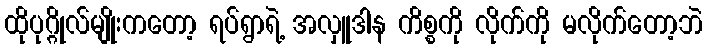
ထိုပုဂ္ဂိုလ်မျိုးကတော့ ရပ်ရွာရဲ့ အလှူဒါန ကိစ္စကို လိုက်ကို မလိုက်တော့ဘဲ